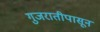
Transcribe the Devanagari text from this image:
गुजरातीपासून